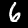
Digit: 6